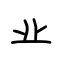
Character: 业